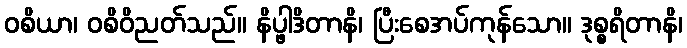
ဝစိယာ၊ ဝစိဝိညတ်သည်။ နိပ္ဖါဒိတာနိ၊ ပြီးစေအပ်ကုန်သော။ ဒုစ္စရိတာနိ၊